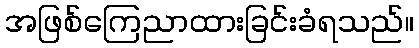
အဖြစ်ကြေညာထားခြင်းခံရသည်။